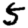
Digit: 5